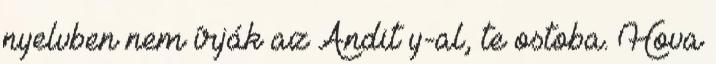
nyelvben nem írják az Andit y-al, te ostoba. Hova